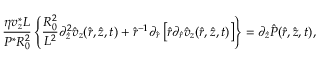
\frac { \eta v _ { z } ^ { * } L } { P ^ { * } R _ { 0 } ^ { 2 } } \left\{ \frac { R _ { 0 } ^ { 2 } } { L ^ { 2 } } \partial _ { \hat { z } } ^ { 2 } \hat { v } _ { z } ( \hat { r } , \hat { z } , t ) + \hat { r } ^ { - 1 } \partial _ { \hat { r } } \left[ \hat { r } \partial _ { \hat { r } } \hat { v } _ { z } ( \hat { r } , \hat { z } , t ) \right] \right\} = \partial _ { \hat { z } } \hat { P } ( \hat { r } , \hat { z } , t ) ,